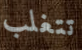
تتغلب